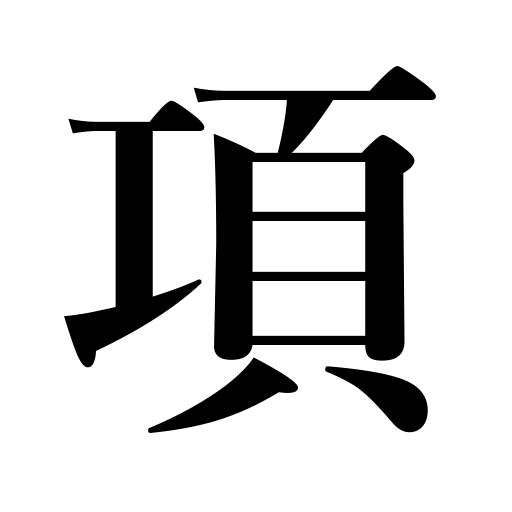
Meanings: argument in math or linguistics,term in math,item,clause,paragraph